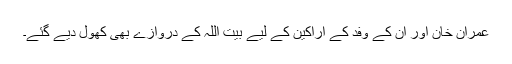
عمران خان اور ان کے وفد کے اراکین کے لیے بیت اللہ کے دروازے بھی کھول دیے گئے۔